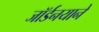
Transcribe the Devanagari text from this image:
जॉर्डनयाने